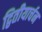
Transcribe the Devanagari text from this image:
द्वितीयार्चन